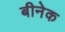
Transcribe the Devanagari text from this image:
बीनेक